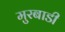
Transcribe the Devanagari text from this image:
मुरबाडी